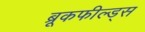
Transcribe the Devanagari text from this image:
ब्रूकफील्ड्स